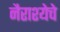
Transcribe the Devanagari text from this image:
नैराश्येचे